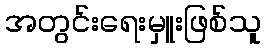
အတွင်းရေးမှူးဖြစ်သူ